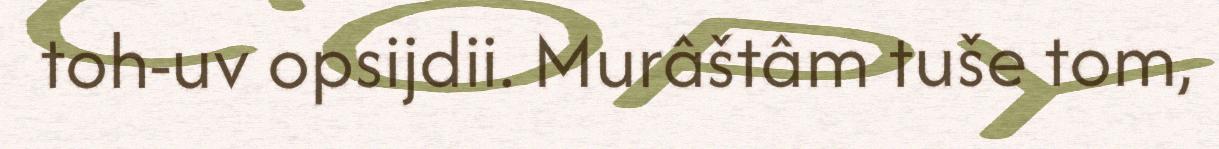
toh-uv opsijdii. Murâštâm tuše tom,